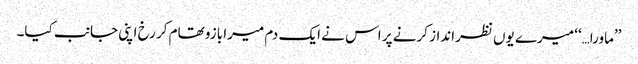
’’ماورا…‘‘ میرے یوں نظرانداز کرنے پر اس نے ایک دم میرا بازو تھام کر رخ اپنی جانب کیا۔